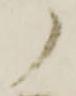
ノ